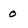
Character: 0